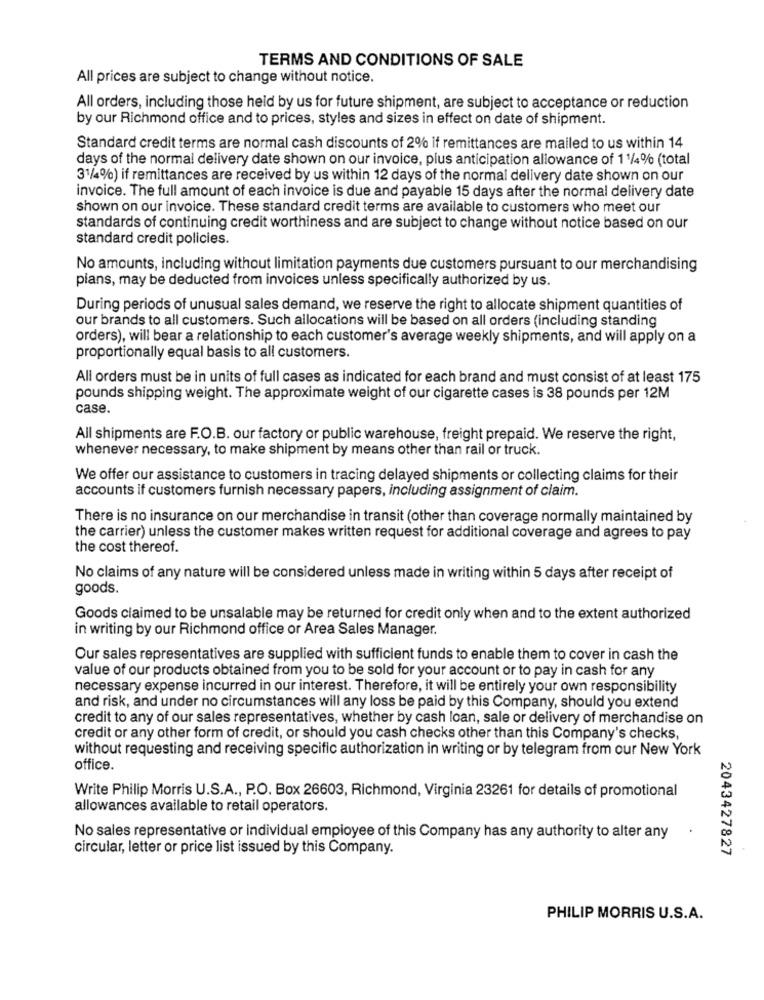
TERMS AND CONDITIONS OF SALE
All prices are subject to change without notice.
All orders, including those held by us for future shipment, are subject to acceptance or reduction
by our Richmond office and to prices, styles and sizes in effect on date of shipment.
Standard credit terms are normal cash discounts of 2% if remittances are mailed to us within 14
days of the normal delivery date shown on our invoice, plus anticipation allowance of 11/4% (total
31/4%) if remittances are received by us within 12 days of the normal delivery date shown on our
invoice. The full amount of each invoice is due and payable 15 days after the normal delivery date
shown on our invoice. These standard credit terms are available to customers who meet our
standards of continuing credit worthiness and are subject to change without notice based on our
standard credit policies.
No amounts, including without limitation payments due customers pursuant to our merchandising
plans, may be deducted from invoices unless specifically authorized by us.
During periods of unusual sales demand, we reserve the right to allocate shipment quantities of
our brands to all customers. Such allocations will be based on all orders (including standing
orders), will bear a relationship to each customer's average weekly shipments, and will apply on a
proportionally equal basis to all customers.
All orders must be in units of full cases as indicated for each brand and must consist of at least 175
pounds shipping weight. The approximate weight of our cigarette cases is 38 pounds per 12M
case.
All shipments are F.O.B. our factory or public warehouse, freight prepaid. We reserve the right,
whenever necessary, to make shipment by means other than rail or truck.
We offer our assistance to customers in tracing delayed shipments or collecting claims for their
accounts if customers furnish necessary papers, including assignment of claim.
There is no insurance on our merchandise in transit (other than coverage normally maintained by
the carrier) unless the customer makes written request for additional coverage and agrees to pay
the cost thereof.
No claims of any nature will be considered unless made in writing within 5 days after receipt of
goods.
Goods claimed to be unsalable may be returned for credit only when and to the extent authorized
in writing by our Richmond office or Area Sales Manager.
Our sales representatives are supplied with sufficient funds to enable them to cover in cash the
value of our products obtained from you to be sold for your account or to pay in cash for any
necessary expense incurred in our interest. Therefore, it will be entirely your own responsibility
and risk, and under no circumstances will any loss be paid by this Company, should you extend
credit to any of our sales representatives, whether by cash loan, sale or delivery of merchandise on
credit or any other form of credit, or should you cash checks other than this Company's checks,
without requesting and receiving specific authorization in writing or by telegram from our New York
office.
Write Philip Morris U.S.A ., P.O. Box 26603, Richmond, Virginia 23261 for details of promotional
allowances available to retail operators.
No sales representative or individual employee of this Company has any authority to alter any
circular, letter or price list issued by this Company.
2043427827
PHILIP MORRIS U.S.A.